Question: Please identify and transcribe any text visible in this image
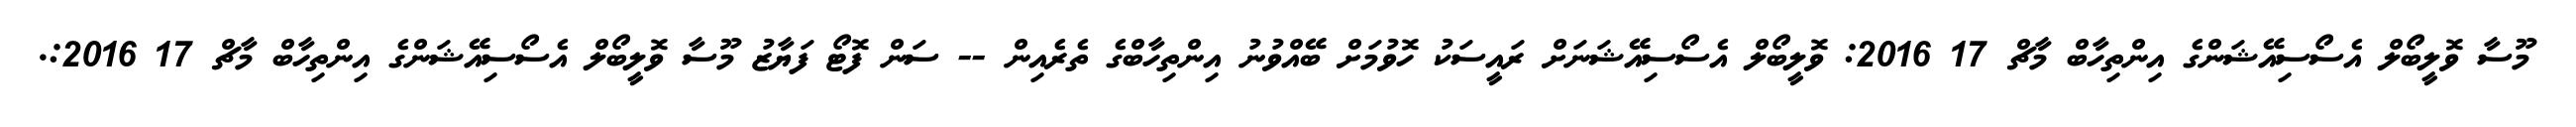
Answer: މޫސާ ވޮލީބޯލް އެސޯސިއޭޝަންގެ އިންތިހާބް މާޗް 17 2016: ވޮލީބޯލް އެސޯސިއޭޝަނަށް ރައީސަކު ހޮވުމަށް ބޭއްވުނު އިންތިހާބްގެ ތެރެއިން -- ސަން ފޮޓޯ ފަޔާޒު މޫސާ ވޮލީބޯލް އެސޯސިއޭޝަންގެ އިންތިހާބް މާޗް 17 2016:.